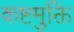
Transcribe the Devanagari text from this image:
कष्टमुक्ति